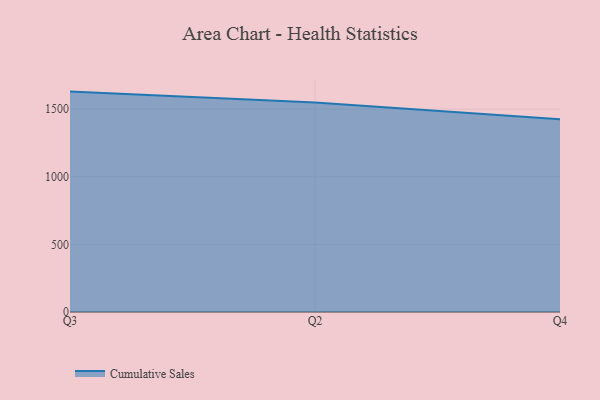
{"axis": {"x": "Quarter", "y": "Energy Usage (MWh)"}, "legend": ["Cumulative Sales"], "data": [{"x": "Q3", "y": 1629.7, "type": "Cumulative Sales"}, {"x": "Q2", "y": 1549.6, "type": "Cumulative Sales"}, {"x": "Q4", "y": 1424.9, "type": "Cumulative Sales"}]}